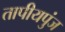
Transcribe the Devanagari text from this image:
तापीयपुंज